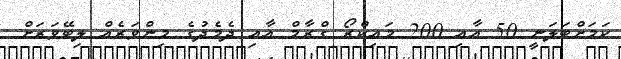
ކަމަށްބަލަނީ 50 އާއި 200 މައިކްރޯ ގްރާމް އާއި ދެމެދުގެ މިންވަރެއް ލިބޭވަރަށް